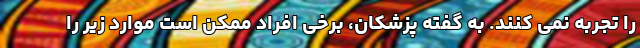
را تجربه نمی کنند. به گفته پزشکان، برخی افراد ممکن است موارد زیر را